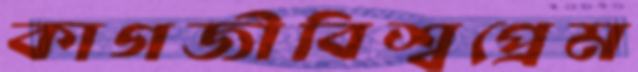
কাগজীবিশ্বপ্রেম